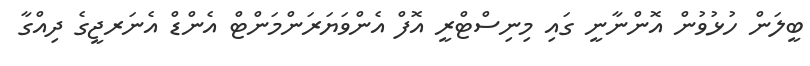
ބީލަން ހުޅުވުން އޮންނާނީ ގައި މިނިސްޓްރީ އޮފް އެންވަޔަރަންމަންޓް އެންޑް އެނަރޖީގެ ދިއްގާ